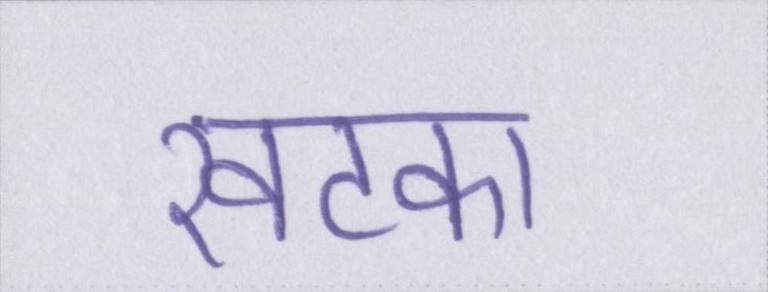
खटका